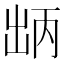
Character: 𫥤